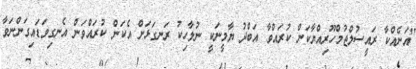
"އަނެއްކާ ރައީސުލްޖުމްހޫރިއްޔާކަން ކުރައްވާ އަބްދު ޔާމީނަކީ ނުލާހިކު ރަނގަޅަށް އެކަން ކުރައްވަން އެނގިވަޑައިގަންނަވާ